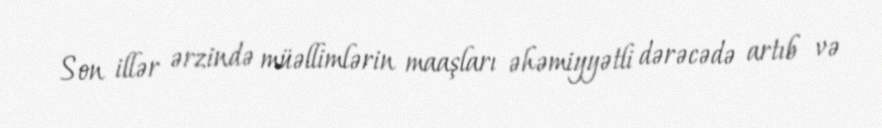
Son illər ərzində müəllimlərin maaşları əhəmiyyətli dərəcədə artıb və